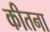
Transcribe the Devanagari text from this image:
कीतना